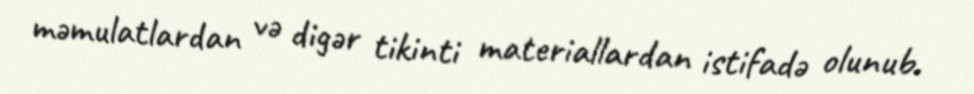
məmulatlardan və digər tikinti materiallardan istifadə olunub.